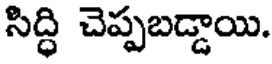
సిద్ధి చెప్పబడ్డాయి.